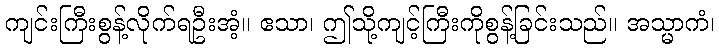
ကျင်းကြီးစွန့်လိုက်ရဦးအံ့။ ဧသာ၊ ဤသို့ကျင့်ကြီးကိုစွန့်ခြင်းသည်။ အသ္မာကံ၊